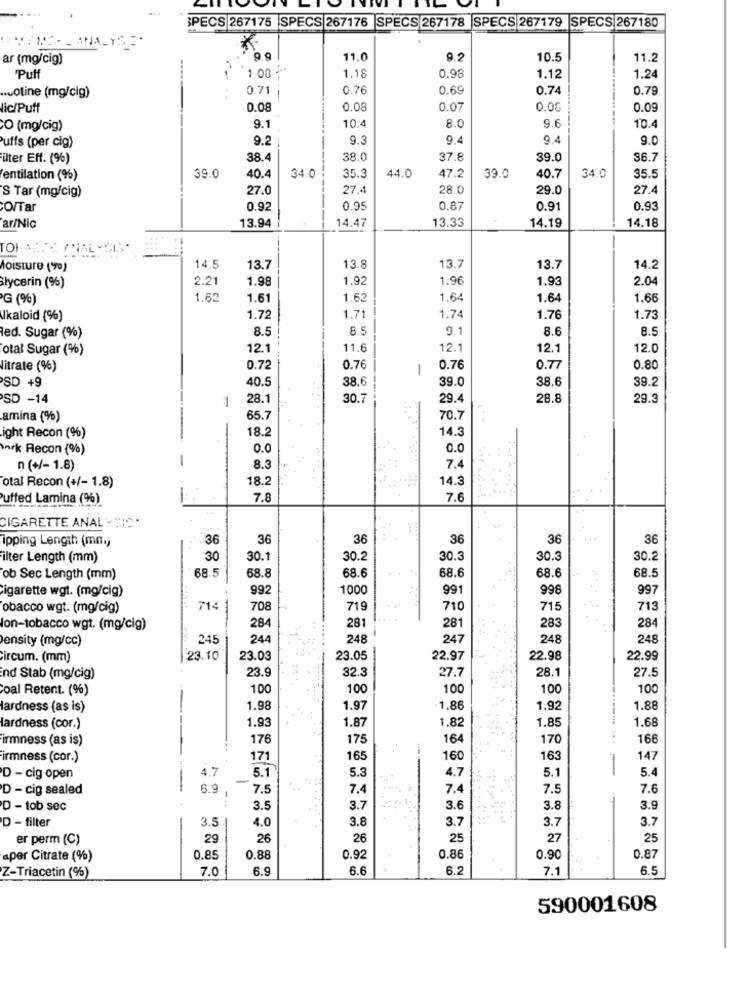
SPECS 267175 SPECS 267176 SPECS 267178 SPECS 267179 SPECS 267180
EVIME- - ANALYSE-
ar (mg/cig)
9.9
11.0
9.2
10.5
11.2
'Puff
1.08 +*
1.18
0.98
1.12
1.24
0.71
0.76
0.69
0.74
0.79
.coline (mg/cig)
--
-----
lic/Puff
0.08
0.08
0.07
0.08
0.09
8.0
9.6
CO (mg/cig)
9.1
10.4
10.4
uffs (per cig)
9.2
9.3
9.4
9.4
9.0
ilter Eff. (%)
38.4
38.0
37.8
39.0
36.7
39.0
35.3
47.2
entilation (%)
40.4
34.0
44.0
39.0
40.7
34.0
35.5
27.0
27.4
28.0
29.0
27.4
S Tar (mg/cig)
CO/Tar
0.92
0.95
0.87
0.91
0.93
13.33
ar/Nic
13.94
14.47
14.19
14.18
Moisture (70)
14.5
13.7
13.8
13.7
13.7
14.2
2.2
1.98
1.92
1.96
1.93
2.04
lycerin (%)
'G (%)
1.62
1.61
1.62
1.64
1.64
1.66
Ukaloid (%)
1.72
1.71
1.74
1.76
1.73
8.5
8.5
9.1
8.6
8.5
Red. Sugar (%)
otal Sugar (%)
12.1
11.6
12.1
12.1
12.0
litrate (%)
0.72
0.76
-
0.76
0.77
0.80
SD +9
40.5
38.6
39.0
38.6
39.2
SD -14
28.1
30.7
29.4
28.8
29.3
amina (%)
65.7
70.7
18.2
14.3
ight Recon (%)
nrk Recon (%)
0.0
0.0
n (+/- 1.8)
8.3
7.4
otal Recon (+/- 1.8)
18.2
14.
........
Puffed Lamina (%)
7.8
7.6
CIGARETTE ANAL - CIC .
ipping Length (mn.)
36
36
36
36
36
36
ilter Length (mm)
30
30.1
30.2
30.3
30.3
30.2
68.5
68.8
68.6
68.6
68.6
68.5
ob Sec Length (mm)
cigarette wgt. (mg/cig)
992
1000
991
998
997
.....
obacco wgt. (mg/cig)
71
708
719
710
715
713
284
281
281
283
284
lon-tobacco wgt. (mg/cig)
ensity (mg/cc)
245
244
248
247
248
248
circum. (mm)
23.10
23.03
23.05
22.97
22.98
22.99
23.9
32.
27.7
28.1
27.5
ind Stab (mg/cig)
oal Retent. (%)
100
100
100
100
100
-
lardness (as is)
1.98
1.97
-1,86
1.92
1.88
1.93
1.85
1.68
lardness (cor.)
1.87
1.82
irmness (as is)
176
175
164
170
------. ...
166
irmness (cor.)
171
165
160
163
147
4.7
5.1
5.3
4.7
5.1
-
5.4
D - cig open
D - cig sealed
-
6.9
1
7.5
7.4
7.4
7.5
7.6
D - tob sec
3.5
3.7
3.6
3.8
3.9
3.5
4.0
3.8
3.7
3.7
3.7
D - filter
er perm (C)
29
26
26
25
27
25
aper Citrate (%)
0.85
0.88
0.92
0.86
0.90
0.87
7.0
6.9
6.6
6.2
7.1
6.5
Z-Triacetin (%)
590001608